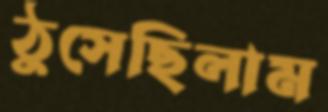
ঠুসেছিলাম